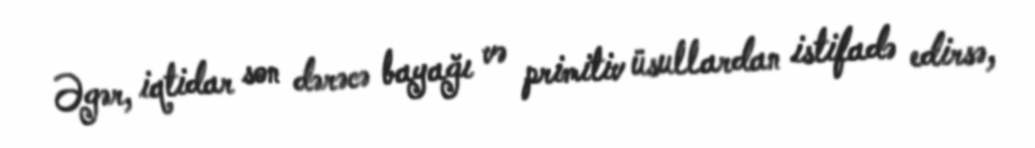
Əgər, iqtidar son dərəcə bayağı və primitiv üsullardan istifadə edirsə,